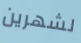
لشهرين